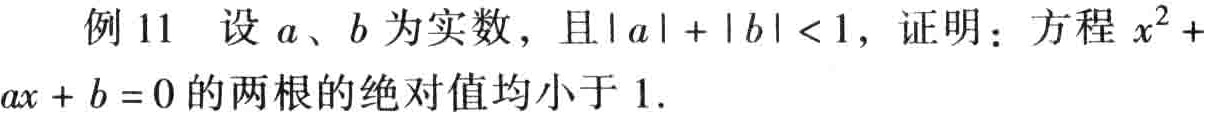
例 11 设 \(a\)、\(b\) 为实数，且\(\vert a\vert+\vert b\vert < 1\)，证明：方程 \(x^{2}+ax + b = 0\) 的两根的绝对值均小于 \(1\).